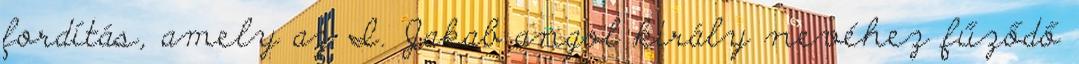
fordítás, amely az I. Jakab angol király nevéhez fűződő